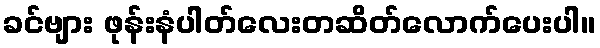
ခင်ဗျား ဖုန်းနံပါတ်လေးတဆိတ်လောက်ပေးပါ။